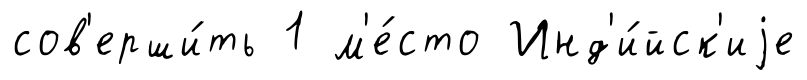
сов'ерши́ть 1 м'е́сто Инд'и́йск'иjе